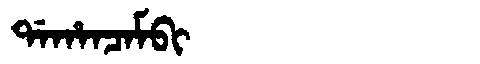
Manchu: ᡩᠠᡥᠠᠨᠴᠠᠮᠪᡳ
Romanization: DAHANCAMBI